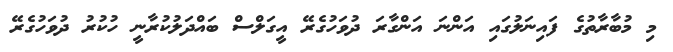
މި މުބާރާތުގެ ފައިނަލުގައި އަންނަ އަންގާރަ ދުވަހުގެރޭ އީގަލްސް ބައްދަލުކުރާނީ ހުކުރު ދުވަހުގެރޭ